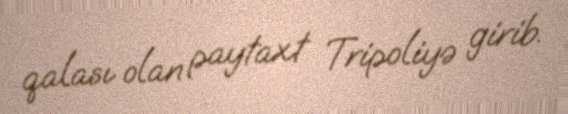
qalası olan paytaxt Tripoliyə girib.